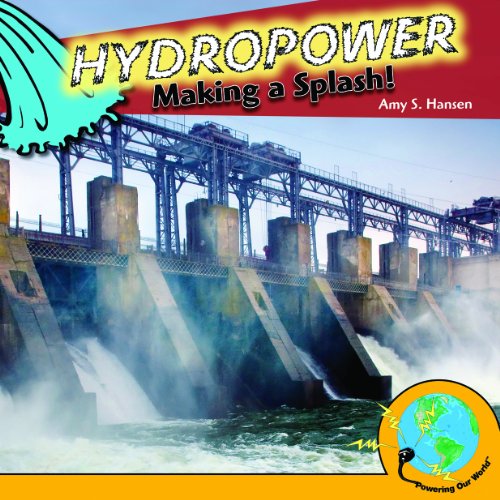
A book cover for Hydropower: Making a Splash! (Powering Our World); Amy S. Hansen; Children's Books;